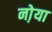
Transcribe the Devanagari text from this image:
नो़या